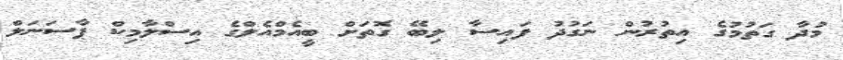
މުދާ ގަތުމުގެ އިތުރުން ނަގުދު ފައިސާ ލިބޭ ގޮތަށް ބީއެމްއެލްގެ އިސްލާމިކް ޕާސަނަލް